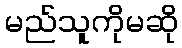
မည်သူကိုမဆို